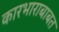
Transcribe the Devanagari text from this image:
कारभाराबाबत